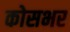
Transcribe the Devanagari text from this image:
कोसभर